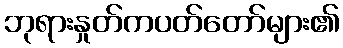
ဘုရားနှုတ်ကပတ်တော်များ၏